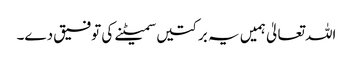
اللہ تعالیٰ ہمیں یہ برکتیں سمیٹنے کی توفیق دے۔